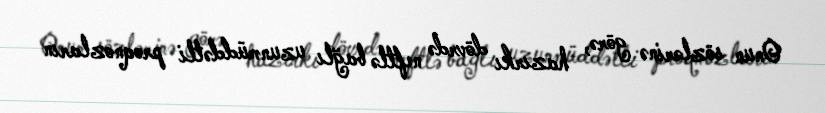
Onun sözlərinə görə, hazırkı dövrdə neftlə bağlı uzunmüddətli proqnozların